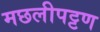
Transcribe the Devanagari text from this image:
मछलीपट्टण